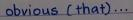
obvious ( that ) ...